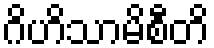
ဂိဟိသာမိစီတိ